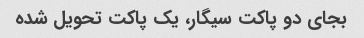
بجای دو پاکت سیگار، یک پاکت تحویل شده